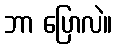
ဘာ ပြောလဲ။